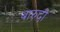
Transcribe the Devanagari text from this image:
बारुदी